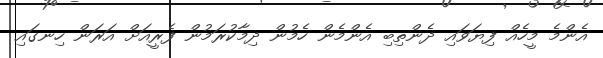
އެންމެ މީހެއް ފިޔަވައި ދެންތިބި އެންމެން ހެމުން ދިމާކުރަމުން ފެރީއަށް އަރަން ހިނގައި